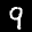
Label: 9